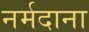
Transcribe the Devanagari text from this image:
नर्मदाना